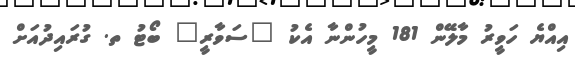
އިއްޔެ ހަވީރު މާލޭން 181 މީހުންނާ އެކު "ސަވާރީ" ބޯޓު ތ. ގުރައިދުއަށް